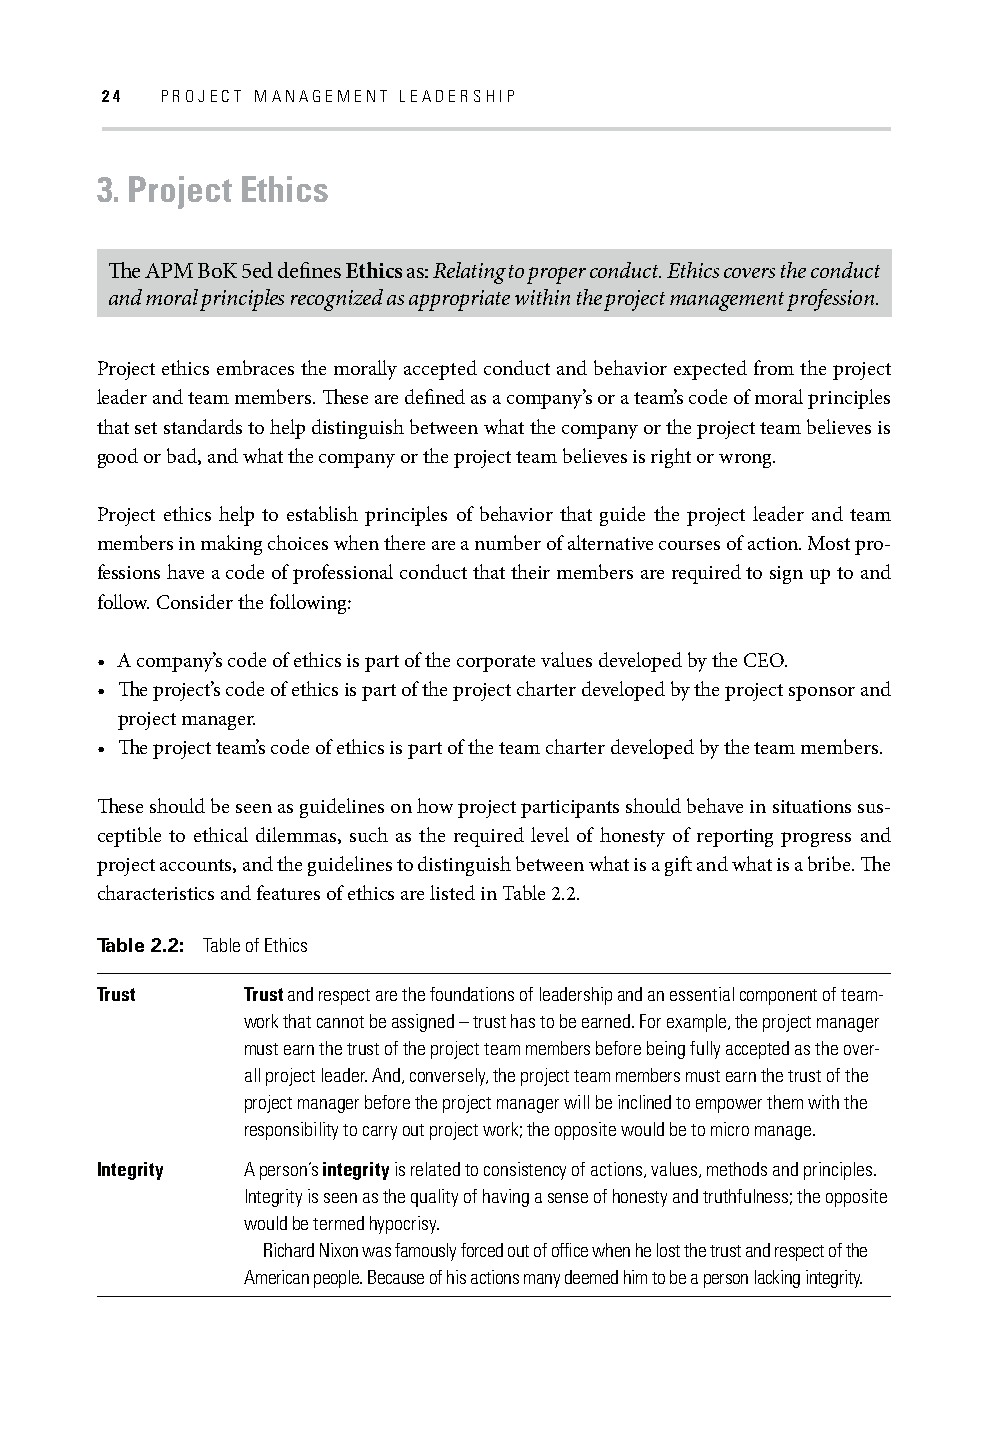
24  PROJECT MANAGEMENT LEADERSHIP
 3. Project Ethics
 Th e APM BoK 5ed defi nes Ethics as: Relating to proper conduct. Ethics covers the conduct
 and moral principles recognized as appropriate within the project management profession.
 Project ethics embraces the morally accepted conduct and behavior expected from the project
 leader and team members. Th ese are defi ned as a company’s or a team’s code of moral principles
 that set standards to help distinguish between what the company or the project team believes is
 good or bad, and what the company or the project team believes is right or wrong.
 Project ethics help to establish principles of behavior that guide the project leader and team
 members in making choices when there are a number of alternative courses of action. Most pro-
 fessions have a code of professional conduct that their members are required to sign up to and
 follow. Consider the following:
 • A company’s code of ethics is part of the corporate values developed by the CEO.
 • Th e project’s code of ethics is part of the project charter developed by the project sponsor and
 project manager.
 • Th e project team’s code of ethics is part of the team charter developed by the team members.
 Th ese should be seen as guidelines on how project participants should behave in situations sus-
 ceptible to ethical dilemmas, such as the required level of honesty of reporting progress and
 project accounts, and the guidelines to distinguish between what is a gift and what is a bribe. Th e
 characteristics and features of ethics are listed in Table 2.2.
 Table 2.2: Table of Ethics
 Trust     Trust and respect are the foundations of leadership and an essential component of team-
 work that cannot be assigned – trust has to be earned. For example, the project manager
 must earn the trust of the project team members before being fully accepted as the over-
 all project leader. And, conversely, the project team members must earn the trust of the
 project manager before the project manager will be inclined to empower them with the
 responsibility to carry out project work; the opposite would be to micro manage.
 Integrity A person’s integrity is related to consistency of actions, values, methods and principles.
 Integrity is seen as the quality of having a sense of honesty and truthfulness; the opposite
 would be termed hypocrisy.
 Richard Nixon was famously forced out of offi ce when he lost the trust and respect of the
 American people. Because of his actions many deemed him to be a person lacking integrity.